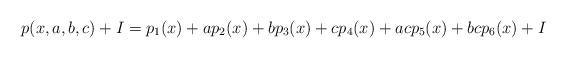
LaTeX: \begin{align*}p(x,a,b,c)+I=p_{1}(x)+ap_{2}(x)+bp_{3}(x)+cp_{4}(x)+acp_{5}(x)+bcp_{6}(x)+I\end{align*}